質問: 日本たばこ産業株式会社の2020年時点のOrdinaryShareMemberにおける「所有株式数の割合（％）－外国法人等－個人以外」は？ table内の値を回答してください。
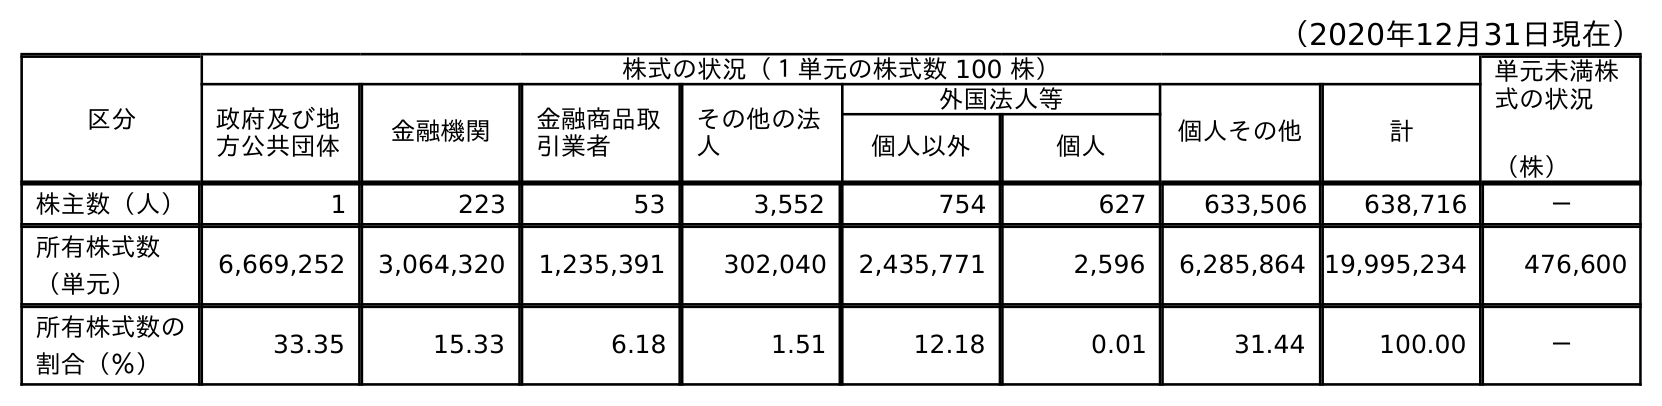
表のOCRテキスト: （2020年12月31日現在） 区分 株式の状況（１単元の株式数 100 株） 単元未満株 式の状況 （株） 政府及び地 方公共団体 金融機関 金融商品取 引業者 その他の法 人 外国法人等 個人その他 計 個人以外 個人 株主数（人） 1 223 53 3,552 754 627 633,506 638,716 － 所有株式数 （単元） 6,669,252 3,064,320 1,235,391 302,040 2,435,771 2,596 6,285,864 19,995,234 476,600 所有株式数の 割合（％） 33.35 15.33 6.18 1.51 12.18 0.01 31.44 100.00 －
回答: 12.18